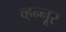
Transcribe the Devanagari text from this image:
व्हन्‍नूर